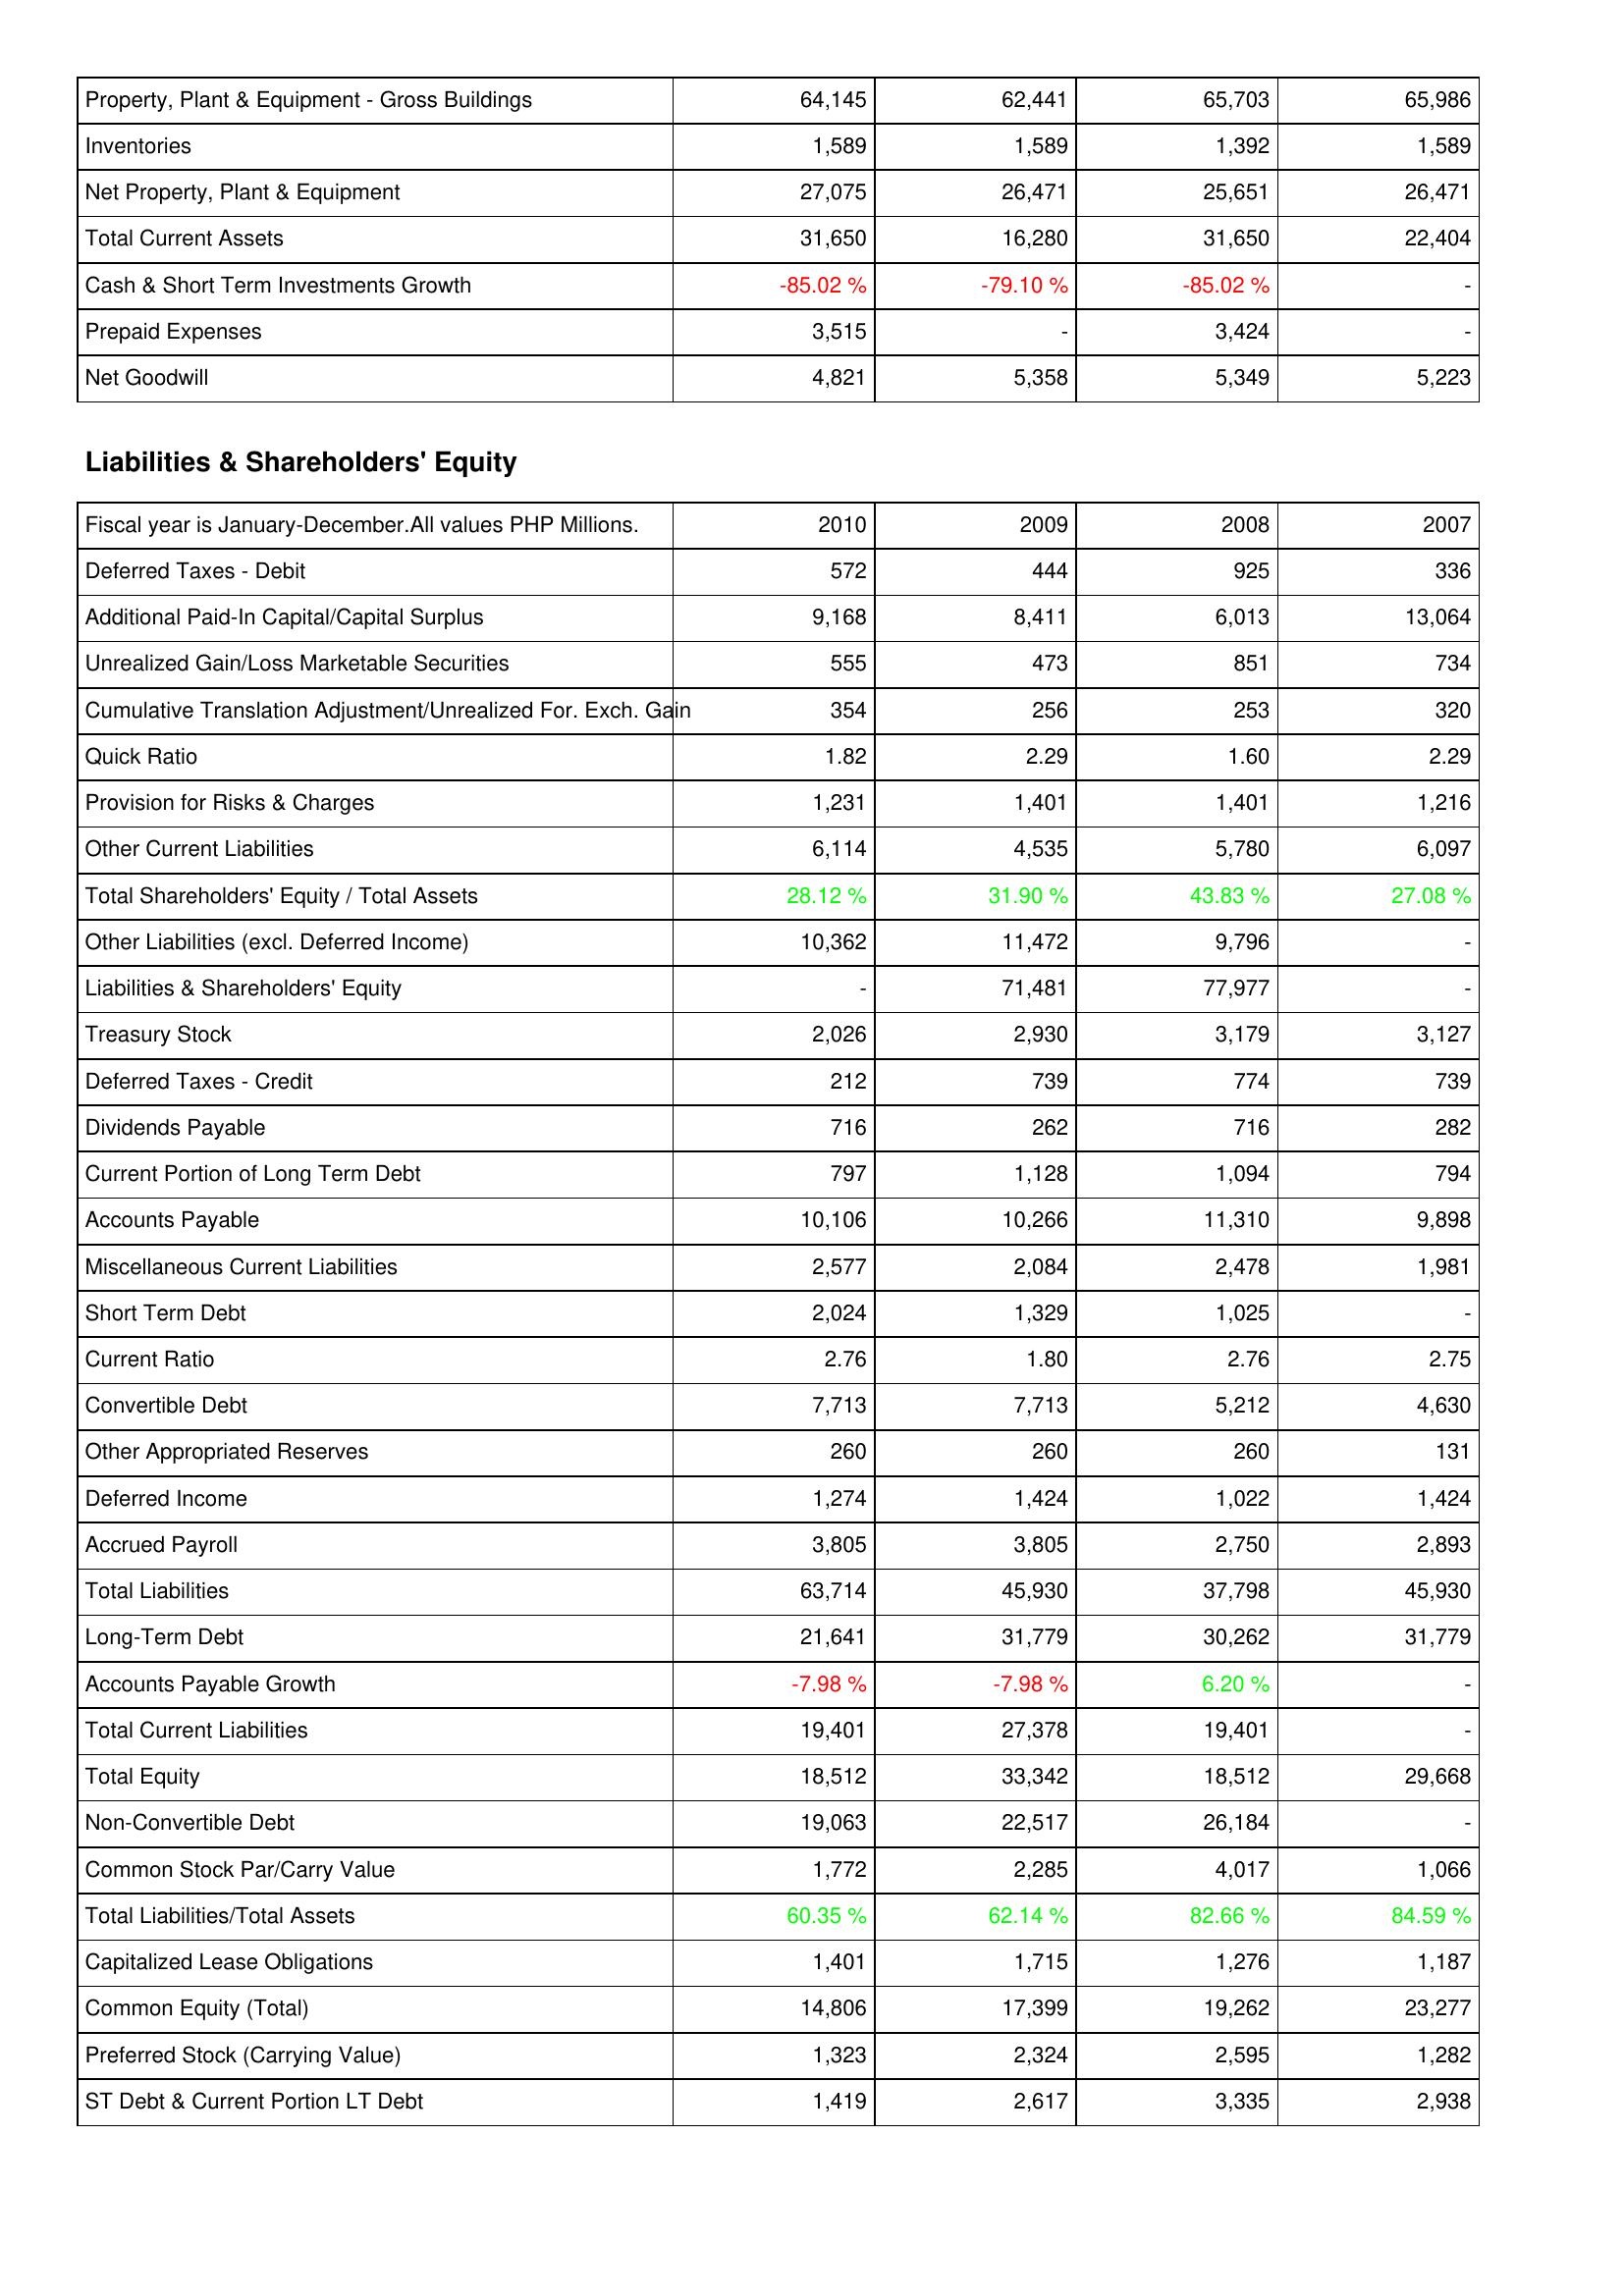
2010: Assets: Property, Plant & Equipment - Gross Buildings: 64,145
Inventories: 1,589
Net Property, Plant & Equipment: 27,075
Total Current Assets: 31,650
Cash & Short Term Investments Growth: -85.02 %
Prepaid Expenses: 3,515
Net Goodwill: 4,821
Liabilities & Shareholders' Equity: Deferred Taxes - Debit: 572
Additional Paid-In Capital/Capital Surplus: 9,168
Unrealized Gain/Loss Marketable Securities: 555
Cumulative Translation Adjustment/Unrealized For. Exch. Gain: 354
Quick Ratio: 1.82
Provision for Risks & Charges: 1,231
Other Current Liabilities: 6,114
Total Shareholders' Equity / Total Assets: 28.12 %
Other Liabilities (excl. Deferred Income): 10,362
Liabilities & Shareholders' Equity: -
Treasury Stock: 2,026
Deferred Taxes - Credit: 212
Dividends Payable: 716
Current Portion of Long Term Debt: 797
Accounts Payable: 10,106
Miscellaneous Current Liabilities: 2,577
Short Term Debt: 2,024
Current Ratio: 2.76
Convertible Debt: 7,713
Other Appropriated Reserves: 260
Deferred Income: 1,274
Accrued Payroll: 3,805
Total Liabilities: 63,714
Long-Term Debt: 21,641
Accounts Payable Growth: -7.98 %
Total Current Liabilities: 19,401
Total Equity: 18,512
Non-Convertible Debt: 19,063
Common Stock Par/Carry Value: 1,772
Total Liabilities/Total Assets: 60.35 %
Capitalized Lease Obligations: 1,401
Common Equity (Total): 14,806
Preferred Stock (Carrying Value): 1,323
ST Debt & Current Portion LT Debt: 1,419
2009: Assets: Property, Plant & Equipment - Gross Buildings: 62,441
Inventories: 1,589
Net Property, Plant & Equipment: 26,471
Total Current Assets: 16,280
Cash & Short Term Investments Growth: -79.10 %
Prepaid Expenses: -
Net Goodwill: 5,358
Liabilities & Shareholders' Equity: Deferred Taxes - Debit: 444
Additional Paid-In Capital/Capital Surplus: 8,411
Unrealized Gain/Loss Marketable Securities: 473
Cumulative Translation Adjustment/Unrealized For. Exch. Gain: 256
Quick Ratio: 2.29
Provision for Risks & Charges: 1,401
Other Current Liabilities: 4,535
Total Shareholders' Equity / Total Assets: 31.90 %
Other Liabilities (excl. Deferred Income): 11,472
Liabilities & Shareholders' Equity: 71,481
Treasury Stock: 2,930
Deferred Taxes - Credit: 739
Dividends Payable: 262
Current Portion of Long Term Debt: 1,128
Accounts Payable: 10,266
Miscellaneous Current Liabilities: 2,084
Short Term Debt: 1,329
Current Ratio: 1.80
Convertible Debt: 7,713
Other Appropriated Reserves: 260
Deferred Income: 1,424
Accrued Payroll: 3,805
Total Liabilities: 45,930
Long-Term Debt: 31,779
Accounts Payable Growth: -7.98 %
Total Current Liabilities: 27,378
Total Equity: 33,342
Non-Convertible Debt: 22,517
Common Stock Par/Carry Value: 2,285
Total Liabilities/Total Assets: 62.14 %
Capitalized Lease Obligations: 1,715
Common Equity (Total): 17,399
Preferred Stock (Carrying Value): 2,324
ST Debt & Current Portion LT Debt: 2,617
2008: Assets: Property, Plant & Equipment - Gross Buildings: 65,703
Inventories: 1,392
Net Property, Plant & Equipment: 25,651
Total Current Assets: 31,650
Cash & Short Term Investments Growth: -85.02 %
Prepaid Expenses: 3,424
Net Goodwill: 5,349
Liabilities & Shareholders' Equity: Deferred Taxes - Debit: 925
Additional Paid-In Capital/Capital Surplus: 6,013
Unrealized Gain/Loss Marketable Securities: 851
Cumulative Translation Adjustment/Unrealized For. Exch. Gain: 253
Quick Ratio: 1.60
Provision for Risks & Charges: 1,401
Other Current Liabilities: 5,780
Total Shareholders' Equity / Total Assets: 43.83 %
Other Liabilities (excl. Deferred Income): 9,796
Liabilities & Shareholders' Equity: 77,977
Treasury Stock: 3,179
Deferred Taxes - Credit: 774
Dividends Payable: 716
Current Portion of Long Term Debt: 1,094
Accounts Payable: 11,310
Miscellaneous Current Liabilities: 2,478
Short Term Debt: 1,025
Current Ratio: 2.76
Convertible Debt: 5,212
Other Appropriated Reserves: 260
Deferred Income: 1,022
Accrued Payroll: 2,750
Total Liabilities: 37,798
Long-Term Debt: 30,262
Accounts Payable Growth: 6.20 %
Total Current Liabilities: 19,401
Total Equity: 18,512
Non-Convertible Debt: 26,184
Common Stock Par/Carry Value: 4,017
Total Liabilities/Total Assets: 82.66 %
Capitalized Lease Obligations: 1,276
Common Equity (Total): 19,262
Preferred Stock (Carrying Value): 2,595
ST Debt & Current Portion LT Debt: 3,335
2007: Assets: Property, Plant & Equipment - Gross Buildings: 65,986
Inventories: 1,589
Net Property, Plant & Equipment: 26,471
Total Current Assets: 22,404
Cash & Short Term Investments Growth: -
Prepaid Expenses: -
Net Goodwill: 5,223
Liabilities & Shareholders' Equity: Deferred Taxes - Debit: 336
Additional Paid-In Capital/Capital Surplus: 13,064
Unrealized Gain/Loss Marketable Securities: 734
Cumulative Translation Adjustment/Unrealized For. Exch. Gain: 320
Quick Ratio: 2.29
Provision for Risks & Charges: 1,216
Other Current Liabilities: 6,097
Total Shareholders' Equity / Total Assets: 27.08 %
Other Liabilities (excl. Deferred Income): -
Liabilities & Shareholders' Equity: -
Treasury Stock: 3,127
Deferred Taxes - Credit: 739
Dividends Payable: 282
Current Portion of Long Term Debt: 794
Accounts Payable: 9,898
Miscellaneous Current Liabilities: 1,981
Short Term Debt: -
Current Ratio: 2.75
Convertible Debt: 4,630
Other Appropriated Reserves: 131
Deferred Income: 1,424
Accrued Payroll: 2,893
Total Liabilities: 45,930
Long-Term Debt: 31,779
Accounts Payable Growth: -
Total Current Liabilities: -
Total Equity: 29,668
Non-Convertible Debt: -
Common Stock Par/Carry Value: 1,066
Total Liabilities/Total Assets: 84.59 %
Capitalized Lease Obligations: 1,187
Common Equity (Total): 23,277
Preferred Stock (Carrying Value): 1,282
ST Debt & Current Portion LT Debt: 2,938